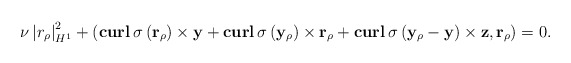
\begin{align*}\nu \left|r_\rho\right|_{H^1}^2+\left(\mathbf{curl}\,\sigma\left(\mathbf r_\rho\right)\times \mathbf y+ \mathbf{curl}\,\sigma\left(\mathbf y_\rho\right)\times \mathbf r_\rho+\mathbf{curl}\,\sigma\left(\mathbf y_\rho-\mathbf y\right)\times \mathbf z,\mathbf r_\rho\right)=0.\end{align*}